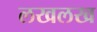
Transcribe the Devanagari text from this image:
लखलख